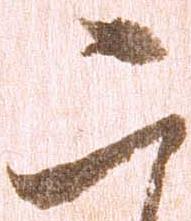
二